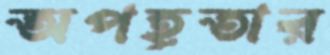
অপহূতার